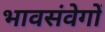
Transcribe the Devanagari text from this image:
भावसंवेगों